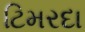
ટિમરદા